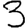
Digit: 3